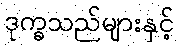
ဒုက္ခသည်များနှင့်